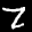
Label: 7